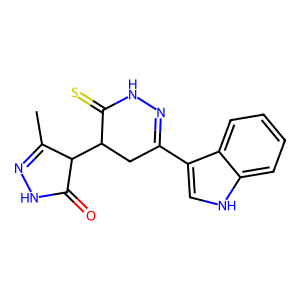
SMILES: CC1=NNC(=O)C1C1CC(c2c[nH]c3ccccc23)=NNC1=S
Inhibits HIV replication: No